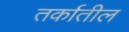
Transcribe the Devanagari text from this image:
तर्कातील